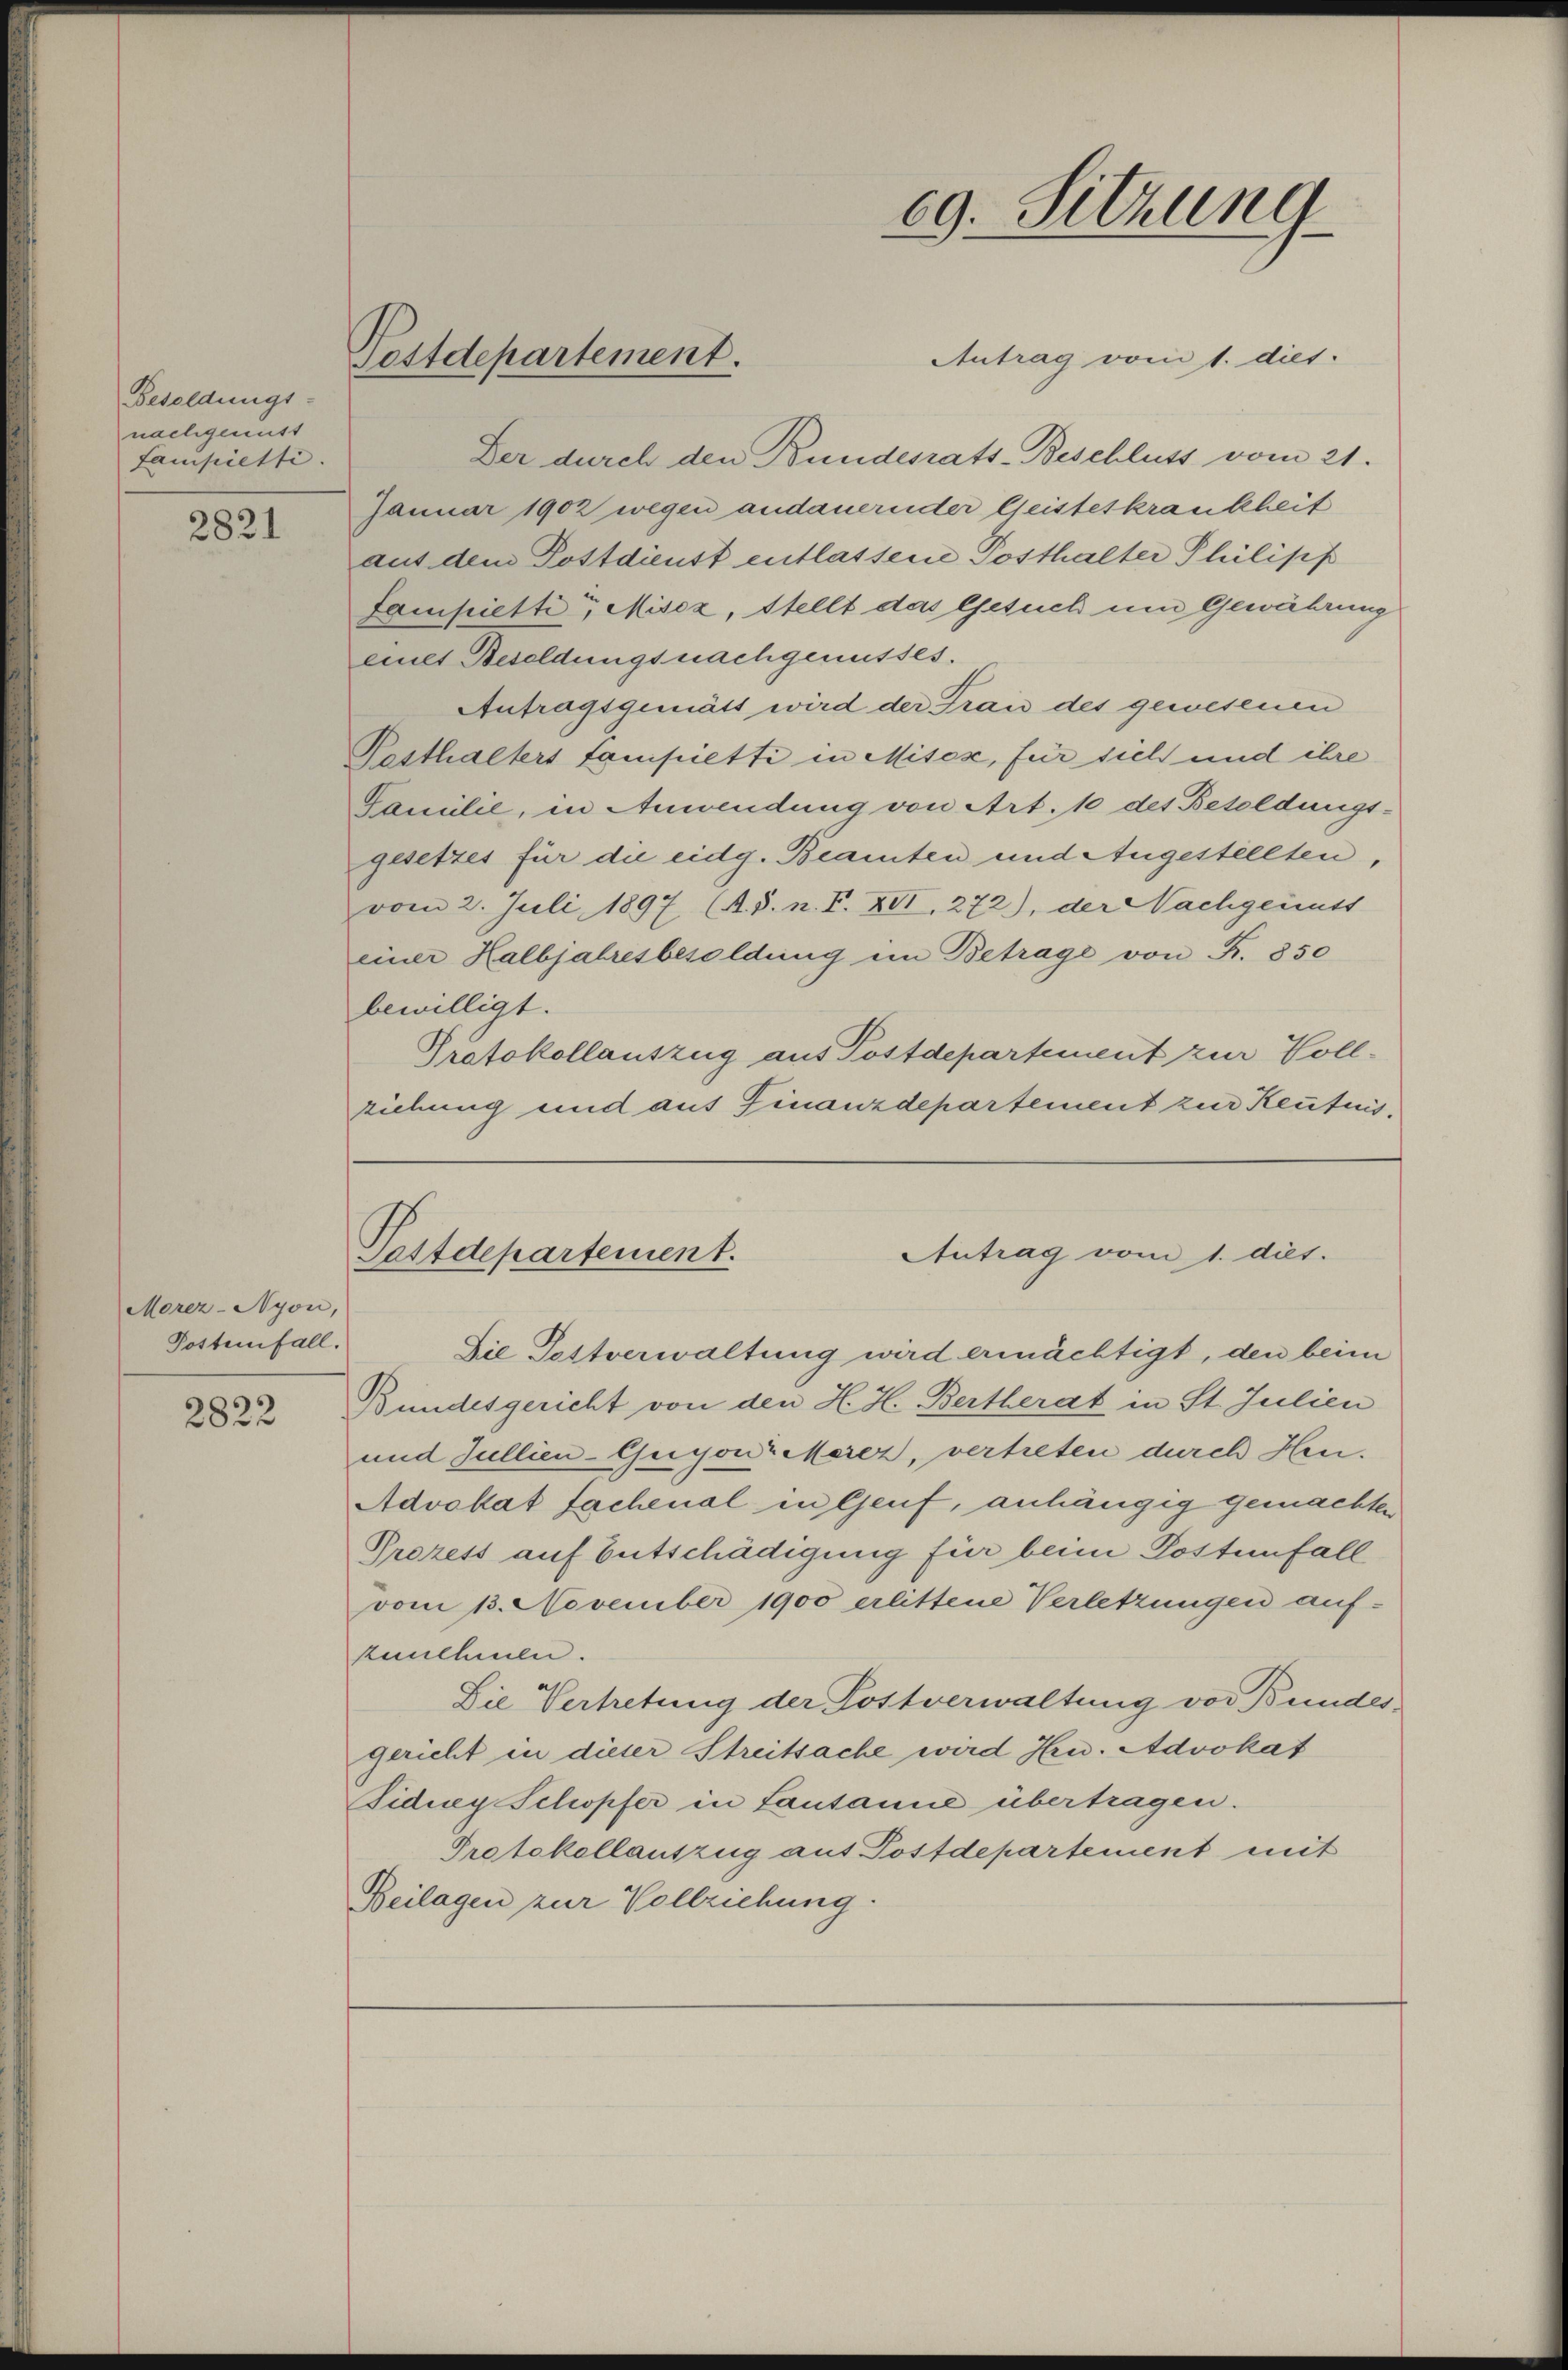
Besoldungs-
nachgemust
Fampielte.

2821

Morez-Nyon,
Postenfall.

2822

Antrag vom 1. dies
Der durch den Bundesrats-Beschluss vom 21.
Januar 1902 wegen andauernder Geisteskrankheit
aus dem Postdienst entlassene Posthalter Philisis
fampiette Misoz, Stellt das Gesuch und Gewährung
eines Besoldungsnachgenusses.
Antragsgemätt wird der Frau des gewesenen
Pesthalters Lampietti in Mises, für sich und ihre
Familie, in Anwendung von Art. 10 des Besoldungs-
gesetzes für die eidg. Beamten und Augestellten,
vom 2. Juli 1897 (A. S. n. F. XII, 272), der Nachgenuss
einer Halbjahresbesoldung im Betrage von F. 850
bewilligt.
Protokollauszug aus Postdepartement zur Vollziehung und aus Finanzdepartement zur Kentnis¬

Postdepartement.

Die Postverwaltung wird ermächtigt, den beim
Bundesgericht von den H. H. Bertherat in St. Julien
und Jullien-Guyon-Meier, vertreten durch Heu-
Advokat fachenal in Genf, anhängig gemachten
Prezess auf Entschädigung für beim Postenfall
vom 13. November 1900 erlittene Verletzungen aufzunehmen.
Die Vertretung der Postverwaltung von Bundes.
gericht in dieser Streitsache wird Hrn. Advokat
Tidney Schopfer in Lausanne übertragen.
Protokollauszug aus Postdepartement mit
Beilagen zur Vollziehung.

69. Sitzung

Antrag vom 1. dies.
Postdepartement.